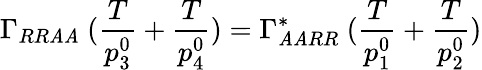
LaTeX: \Gamma_{RR\mathit{A}\mathit{A}}\ ({\frac{{T}}{{p_{3}^{0}}}}+{\frac{{T}}{{p_{4}^{0}}}})=\Gamma_{\mathit{A}\mathit{A}RR}^{*}\ ({\frac{{T}}{{p_{1}^{0}}}}+{\frac{{T}}{{p_{2}^{0}}}})